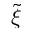
\tilde { \xi }